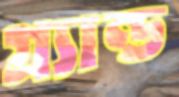
গ্র্যান্ড